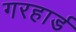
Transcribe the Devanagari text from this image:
गरहार्ड